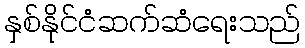
နှစ်နိုင်ငံဆက်ဆံရေးသည်